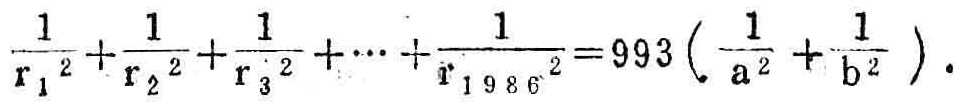
\(\frac{1}{{r_{1}}^{2}}+\frac{1}{{r_{2}}^{2}}+\frac{1}{{r_{3}}^{2}}+\cdots+\frac{1}{{r_{1986}}^{2}} = 993\left(\frac{1}{{a}^{2}}+\frac{1}{{b}^{2}}\right)\)